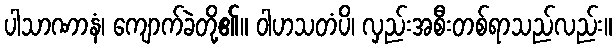
ပါသာဏာနံ၊ ကျောက်ခဲတို့၏။ ဝါဟသတံပိ၊ လှည်းအစီးတစ်ရာသည်လည်း။